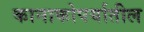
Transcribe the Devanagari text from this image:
कानाकोपर्यातील